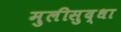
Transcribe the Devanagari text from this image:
मुलीसुद्धा